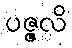
ပဇ္ဇလိ